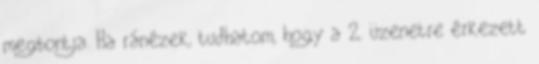
megbontja. Ha ránézek, tudhatom, hogy a 2. üzenetre érkezett